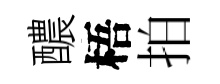
醲梧拍